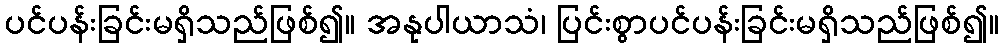
ပင်ပန်းခြင်းမရှိသည်ဖြစ်၍။ အနုပါယာသံ၊ ပြင်းစွာပင်ပန်းခြင်းမရှိသည်ဖြစ်၍။